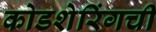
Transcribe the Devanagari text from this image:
कोडशेरिंगची